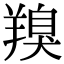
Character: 䍹